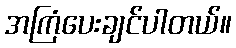
အကြံပေးချင်ပါတယ်။